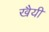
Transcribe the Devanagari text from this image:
खैयी